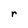
Character: r